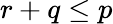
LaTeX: r+q\le p